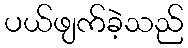
ပယ်ဖျက်ခဲ့သည်